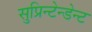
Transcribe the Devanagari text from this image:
सुप्रिन्टेन्डेन्ट